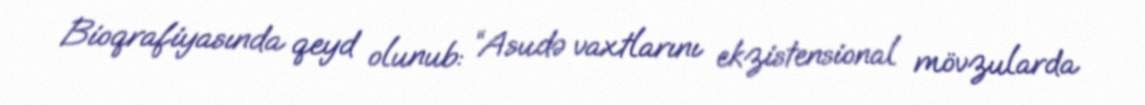
Bioqrafiyasında qeyd olunub: “Asudə vaxtlarını ekzistensional mövzularda